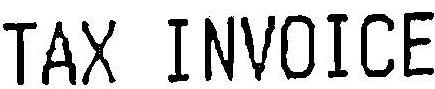
TAX INVOICE